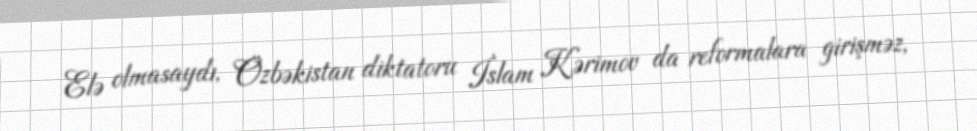
Elə olmasaydı, Özbəkistan diktatoru İslam Kərimov da reformalara girişməz,